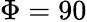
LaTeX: \Phi=90